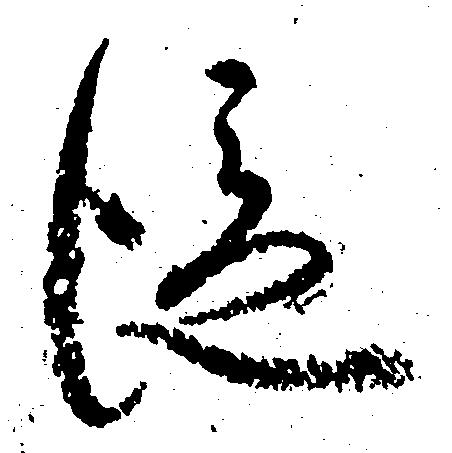
従